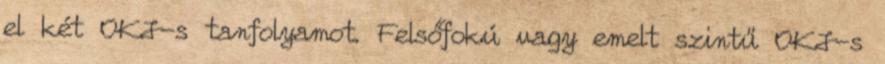
el két OKJ-s tanfolyamot. Felsőfokú vagy emelt szintű OKJ-s